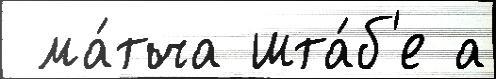
 ма́тча шта́б'е а